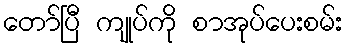
တော်ပြီ ကျုပ်ကို စာအုပ်ပေးစမ်း